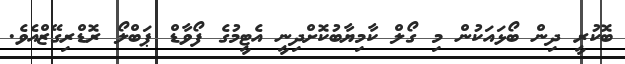
ބޮކުރީ ދިން ބޯޅައަކުން މި ގޯލް ކާމިޔާބުކޮށްދިނީ އެޓީމުގެ ފޯވާޑް ޕަބްލޯ ރޮޑްރިގޭޒްއެވެ.